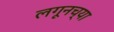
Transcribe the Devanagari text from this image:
लगूनच्या